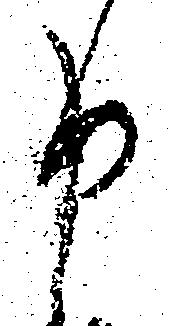
申